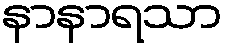
နာနာရသာ